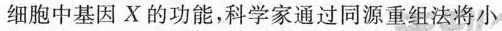
细胞中基因X的功能，科学家通过同源重组法将小